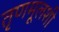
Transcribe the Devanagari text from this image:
तृणमूलशी